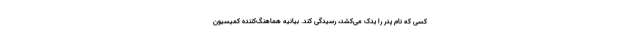
کسی که نام پدر را یدک می‌کشد، رسیدگی کند. بیانیه هماهنگ‌کننده کمیسیون